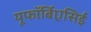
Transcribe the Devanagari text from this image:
यूफॉर्बिएसिई